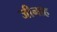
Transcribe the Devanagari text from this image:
जीनाह